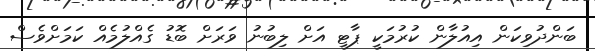
ބަންދުވިކަން އިއުލާން ކުރުމަކީ ޕާޓީ އަށް ލިބުނު ވަރަށް ބޮޑު ގެއްލުމެއް ކަމަށްވެސް